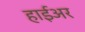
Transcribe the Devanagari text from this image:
हाईअर